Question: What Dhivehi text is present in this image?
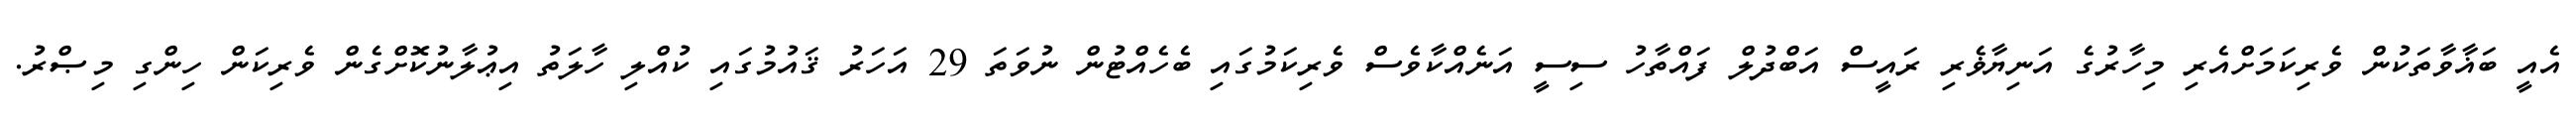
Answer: އެއީ ބަޣާވާތަކުން ވެރިކަމަށްއެރި މިހާރުގެ އަނިޔާޥެރި ރައީސް އަބްދުލް ފައްތާހު ސިސީ އަނެއްކާވެސް ވެރިކަމުގައި ބެހެއްޓުން ނުވަތަ 29 އަހަރު ޤައުމުގައި ކުއްލި ހާލަތު އިޢުލާނުކޮށްގެން ވެރިކަން ހިންގި މިޞްރު.